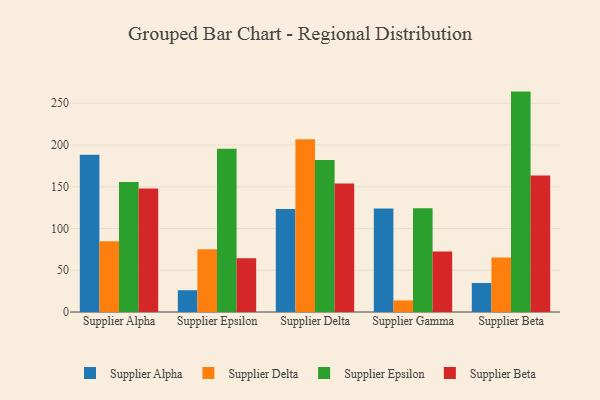
{"axis": {"x": "Supplier", "y": "Latency (ms)"}, "legend": ["Supplier Alpha", "Supplier Beta", "Supplier Delta", "Supplier Epsilon"], "data": [{"x": "Supplier Alpha", "y": 188.4, "type": "Supplier Alpha"}, {"x": "Supplier Alpha", "y": 84.6, "type": "Supplier Delta"}, {"x": "Supplier Alpha", "y": 155.7, "type": "Supplier Epsilon"}, {"x": "Supplier Alpha", "y": 147.9, "type": "Supplier Beta"}, {"x": "Supplier Epsilon", "y": 26.1, "type": "Supplier Alpha"}, {"x": "Supplier Epsilon", "y": 75.1, "type": "Supplier Delta"}, {"x": "Supplier Epsilon", "y": 195.6, "type": "Supplier Epsilon"}, {"x": "Supplier Epsilon", "y": 64.5, "type": "Supplier Beta"}, {"x": "Supplier Delta", "y": 123.4, "type": "Supplier Alpha"}, {"x": "Supplier Delta", "y": 206.9, "type": "Supplier Delta"}, {"x": "Supplier Delta", "y": 182.2, "type": "Supplier Epsilon"}, {"x": "Supplier Delta", "y": 153.9, "type": "Supplier Beta"}, {"x": "Supplier Gamma", "y": 124.0, "type": "Supplier Alpha"}, {"x": "Supplier Gamma", "y": 13.9, "type": "Supplier Delta"}, {"x": "Supplier Gamma", "y": 124.4, "type": "Supplier Epsilon"}, {"x": "Supplier Gamma", "y": 72.4, "type": "Supplier Beta"}, {"x": "Supplier Beta", "y": 34.7, "type": "Supplier Alpha"}, {"x": "Supplier Beta", "y": 65.4, "type": "Supplier Delta"}, {"x": "Supplier Beta", "y": 264.0, "type": "Supplier Epsilon"}, {"x": "Supplier Beta", "y": 163.5, "type": "Supplier Beta"}]}